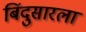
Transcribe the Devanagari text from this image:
बिंदुसारला